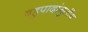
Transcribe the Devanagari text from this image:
बहुपादांगुलीय